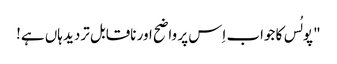
" پولُس کا جواب اِس پر واضح اور ناقابل تردید ہاں ہے!